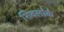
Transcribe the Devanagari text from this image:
शिवलोके